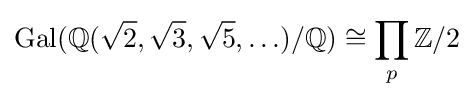
\operatorname {Gal} (\mathbb {Q} ({\sqrt {2}},{\sqrt {3}},{\sqrt {5}},\ldots )/\mathbb {Q} )\cong \prod _{p}\mathbb {Z} /2